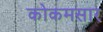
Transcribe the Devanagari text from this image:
कोकमसार